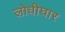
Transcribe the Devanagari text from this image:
लोधीघार